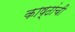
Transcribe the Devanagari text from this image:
काष्ठांची